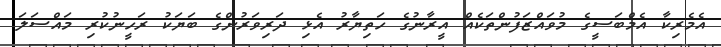
އެމެރިކާ އެމްބަސީގެ މުވައްޒަފުންތަކެއް އީރާނުގެ ހަތިޔާރު އެޅި ދަރިވަރުންގެ ބަޔަކު ރަހީނުކުރި މައްސަލަ